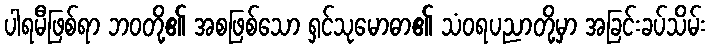
ပါရမီဖြစ်ရာ ဘဝတို့၏ အစဖြစ်သော ရှင်သုမောဓာ၏ သံဝရပညာတို့မှာ အခြင်းခပ်သိမ်း